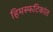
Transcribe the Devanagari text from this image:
हिमस्फटिकांत